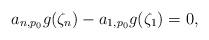
LaTeX: \begin{align*}a_{n,p_0}g(\zeta_n)-a_{1,p_0}g(\zeta_1)=0,\end{align*}